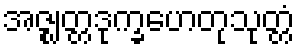
အဇ္ဈတ္တဒုက္ခဟေတုသုတ္တံ